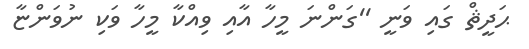
ޙަދީޘް ގައި ވަނީ ''ގަންނަ މީހާ އާއި ވިއްކާ މީހާ ވަކި ނުވަންޏާ